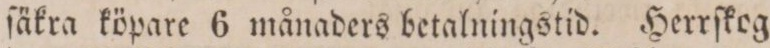
ſäkra köpare 6 månaders betalningstid. Herrſkog